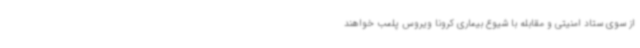
از سوی ستاد امنیتی و مقابله با شیوع بیماری کرونا ویروس پلمب خواهند